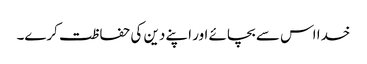
خدا اس سے بچائے اور اپنے دین کی حفاظت کرے۔